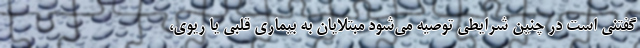
گفتنی است در چنین شرایطی توصیه می‌شود مبتلایان به بیماری قلبی یا ریوی،